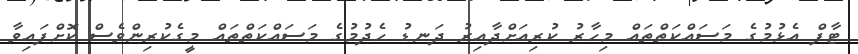
ޓާފް އެޅުމުގެ މަސައްކަތްތައް މިހާރު ކުރިއަށްދާއިރު ދަނޑު ހެދުމުގެ މަސައްކަތްތައް މީގެކުރިންވެސް ކޮށްފައިވާ